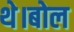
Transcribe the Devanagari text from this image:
थे।बोल